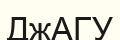
ДжАГУ